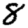
Digit: 8